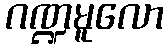
ဂဏ္ဍမူလော